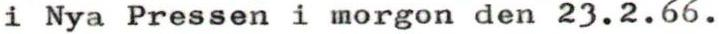
i Nya Pressen i morgon den 23.2.66.